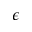
\epsilon